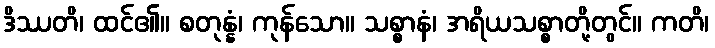
ဒိဿတိ၊ ထင်၏။ စတုန္နံ၊ ကုန်သော။ သစ္စာနံ၊ အရိယသစ္စာတို့တွင်။ ကတိ၊